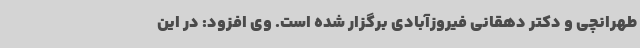
طهرانچی و دکتر دهقانی فیروزآبادی برگزار شده است. وی افزود: در این